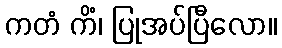
ကတံ ကိံ၊ ပြုအပ်ပြီလော။